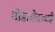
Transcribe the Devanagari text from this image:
गोडाधोडाचाही